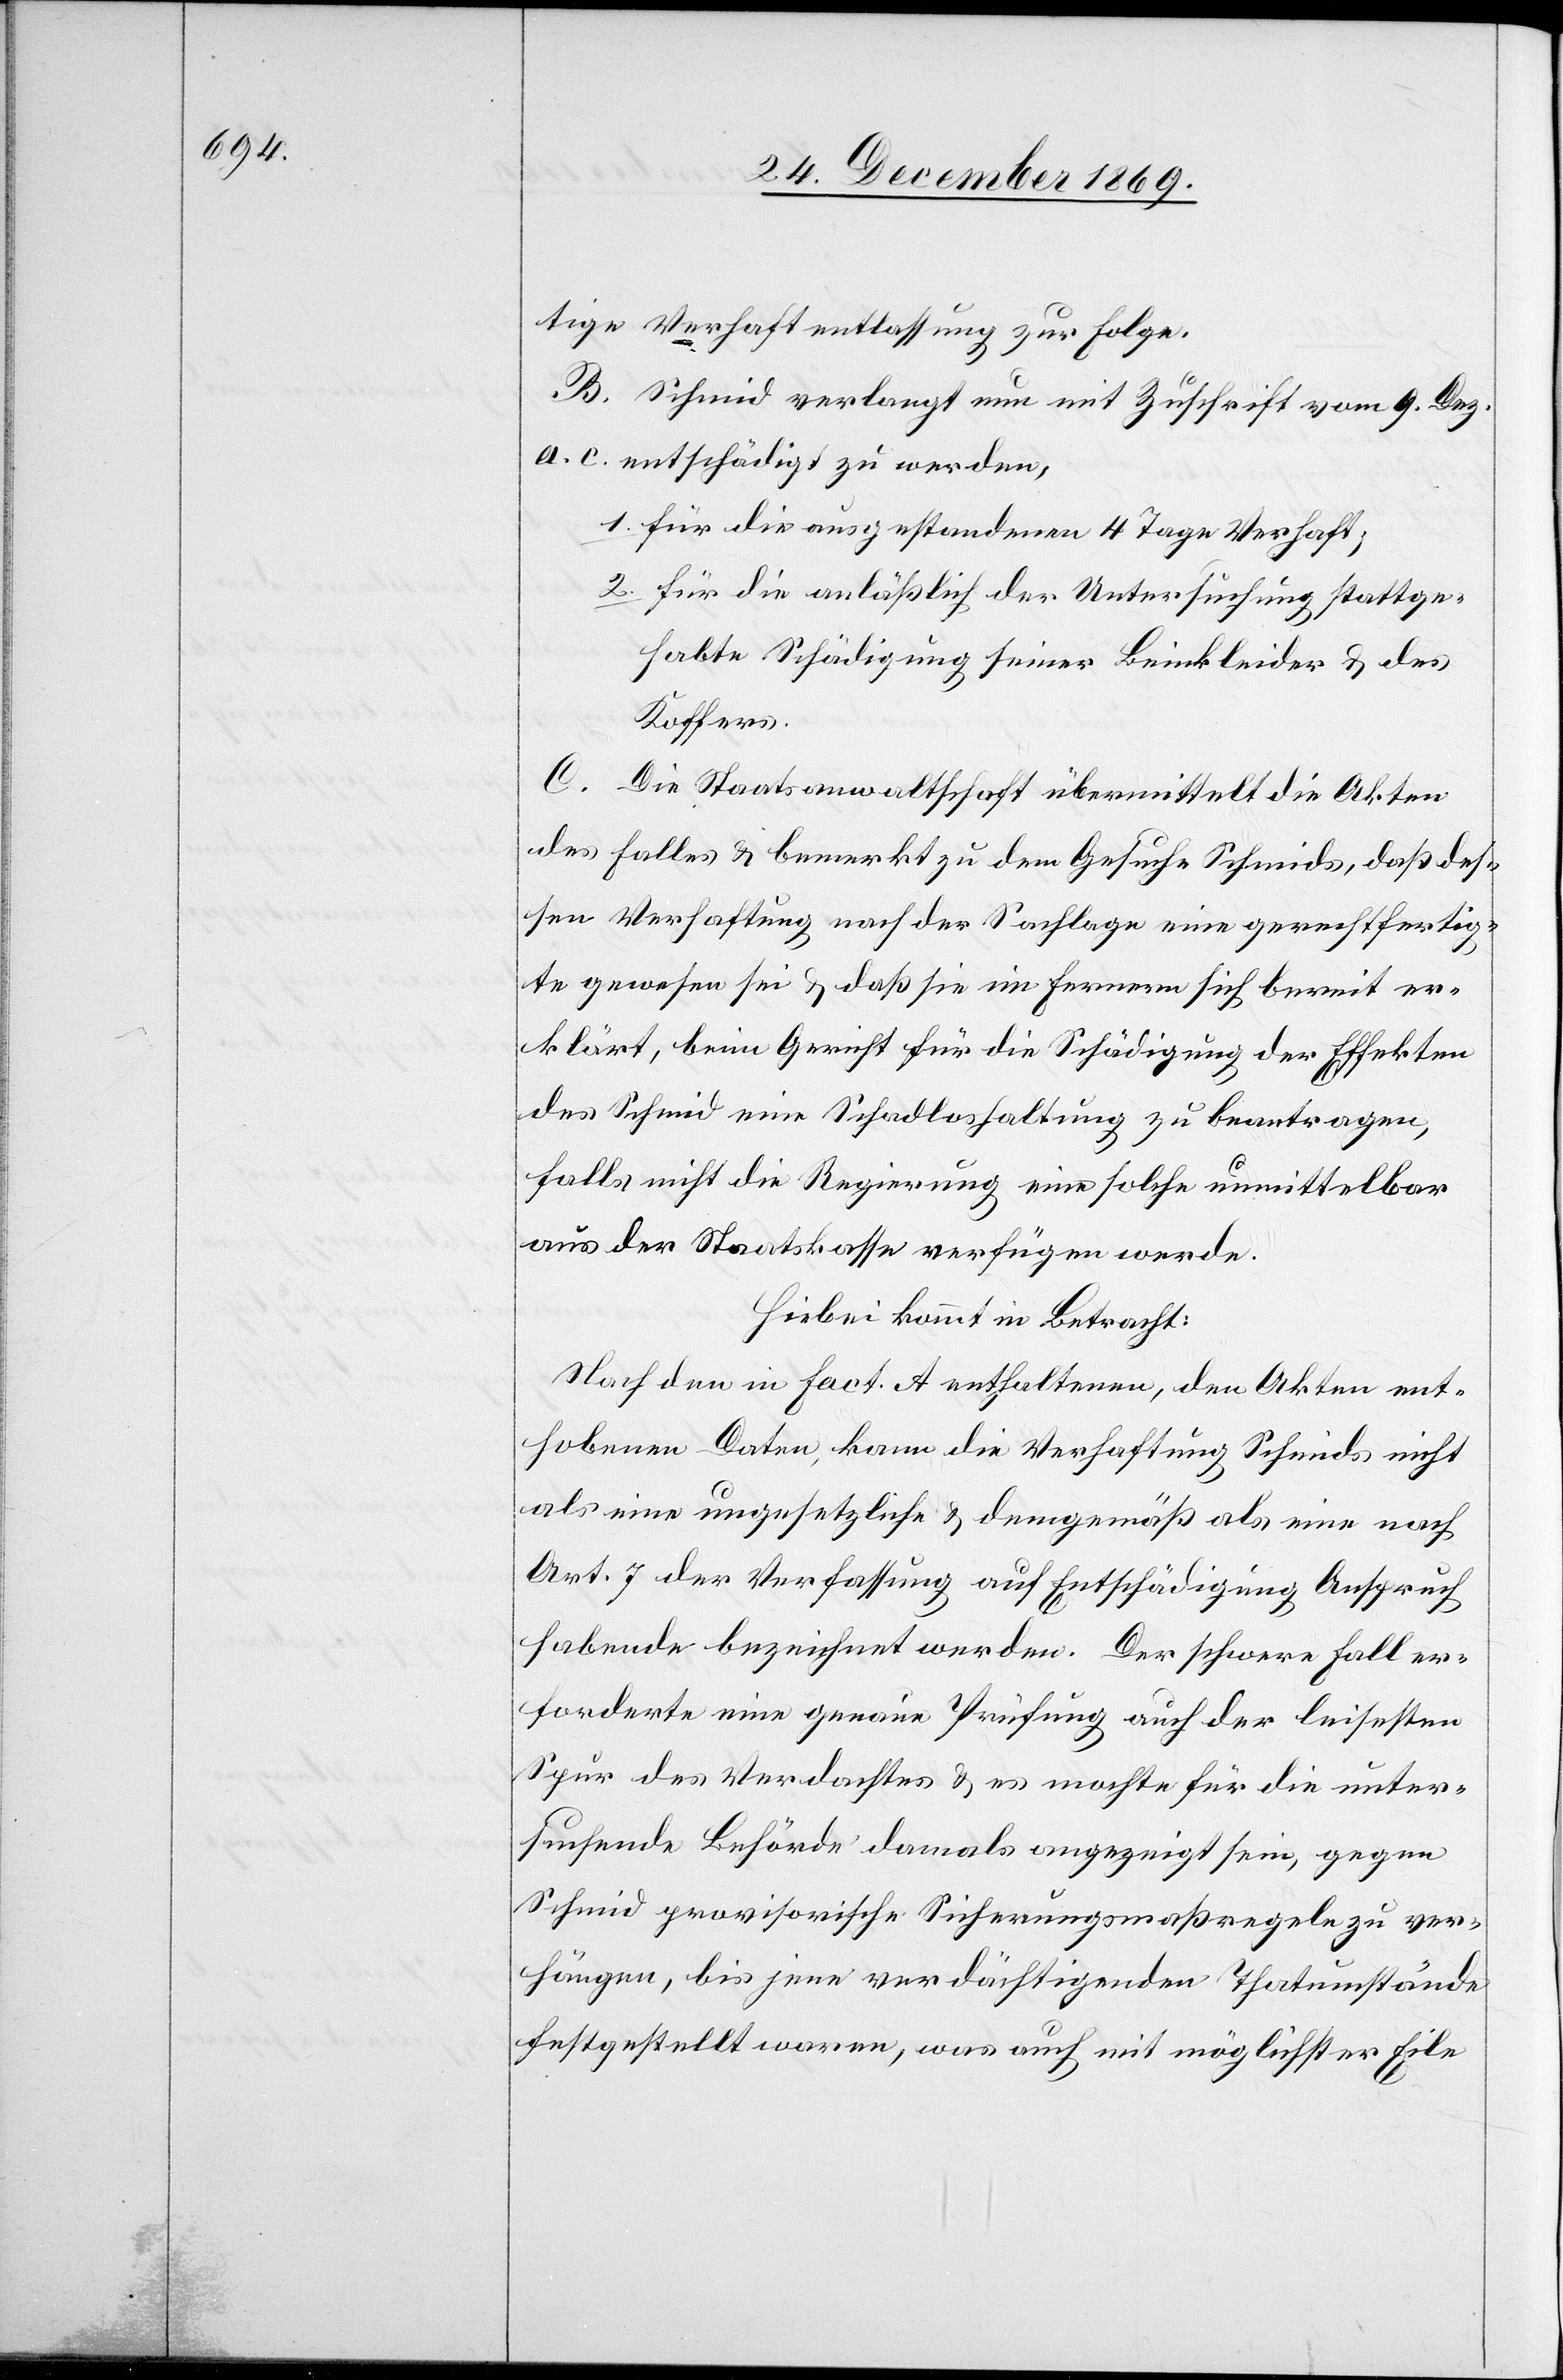
tige Verhaftentlassung zur Folge.
B. Schmid verlangt nun mit Zuschrift vom 9. Dez.
a. c. entschädigt zu werden,
für die ausgestandenen 4 Tage Verhaft;
für die anläßlich der Untersuchung stattge¬
habte Schädigung seiner Beinkleider & des
Koffers.
C. Die Staatsanwaltschaft übermittelt die Akten
des Falles & bemerkt zu dem Gesuche Schmids, daß des¬
sen Verhaftung nach der Sachlage eine gerechtfertig¬
te gewesen sei & daß sie im Fernern sich bereit er¬
klärt, beim Gericht für die Schädigung der Effekten
des Schmid eine Schadloshaltung zu beantragen,
falls nicht die Regierung eine solche unmittelbar
aus der Staatskasse verfügen werde.
Hiebei kommt in Betracht:
Nach den in Fact. A enthaltenen, den Akten ent¬
hobenen Daten, kann die Verhaftung Schmids nicht
als eine ungesetzliche & demgemäß als eine nach
Art. 7 der Verfassung auf Entschädigung Anspruch
habende bezeichnet werden. Der schwere Fall er¬
forderte eine genaue Prüfung auch der leisesten
Spur des Verdachtes & es mochte für die unter¬
suchende Behörde damals angezeigt sein, gegen
Schmid provisorische Sicherungsmaßregeln zu ver¬
hängen, bis jene verdächtigenden Thatumstände
festgestellt waren, was auch mit möglichster Eile